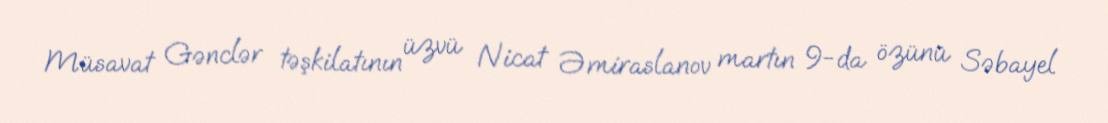
Müsavat Gənclər təşkilatının üzvü Nicat Əmiraslanov martın 9-da özünü Səbayel